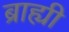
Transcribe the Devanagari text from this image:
ब्राह्यी